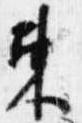
束